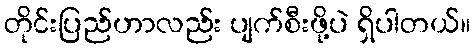
တိုင်းပြည်ဟာလည်း ပျက်စီးဖို့ပဲ ရှိပါတယ်။